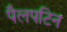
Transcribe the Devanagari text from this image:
पैलपटिन